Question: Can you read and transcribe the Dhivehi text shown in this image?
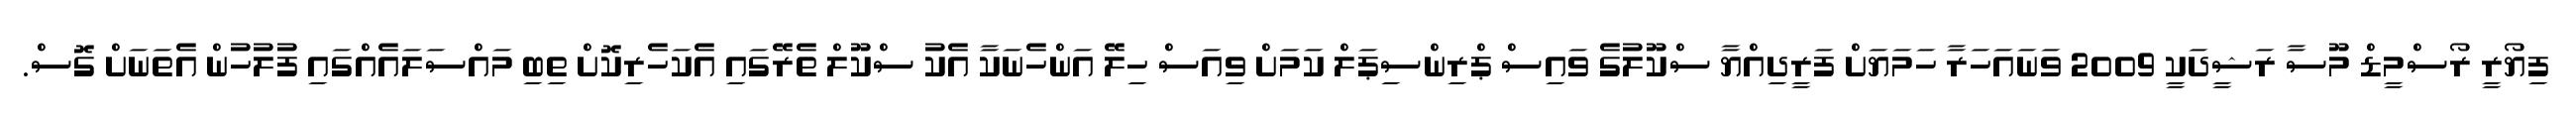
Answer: ފިޔޯރީ ރޯސްމީޑް މޫސާ ރަޝީދަކީ 2009 ވަނައަހަރާ ހަމަޔަށް ފަރީދިއްޔާ ސްކޫލުގެ ވައިސް ޕްރިންސިޕަލް ކަމަށް ވިއަސް ހިލޭ އަންހެނަކާ އެކު ސްކޫލް ތެރޭގައި އެކަހެރިކޮށް ތިބި މައްސަލައެއްގައި ފުލުހުން އެތަނަށް ގޮސް.